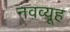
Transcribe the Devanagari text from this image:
नवव्यूह